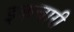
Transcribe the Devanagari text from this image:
इकचारी